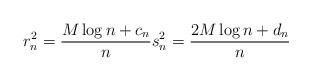
LaTeX: \begin{align*}r_n^2 = \frac{M\log{n} + c_n}{n} s_n^2 = \frac{2M\log{n} + d_n}{n}\end{align*}